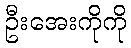
ဦးအေးကိုကို